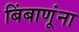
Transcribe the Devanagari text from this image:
बिंबाणूंना